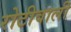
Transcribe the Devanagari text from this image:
रोटीवाली